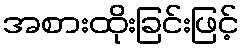
အစားထိုးခြင်းဖြင့်